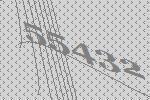
55432